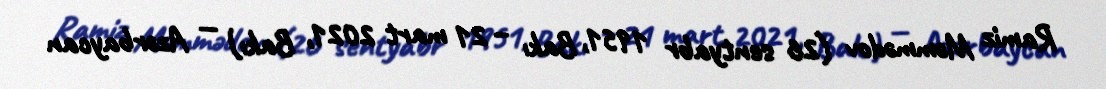
Ramiz Məmmədov (26 sentyabr 1951, Bakı – 21 mart 2021, Bakı) — Azərbaycan